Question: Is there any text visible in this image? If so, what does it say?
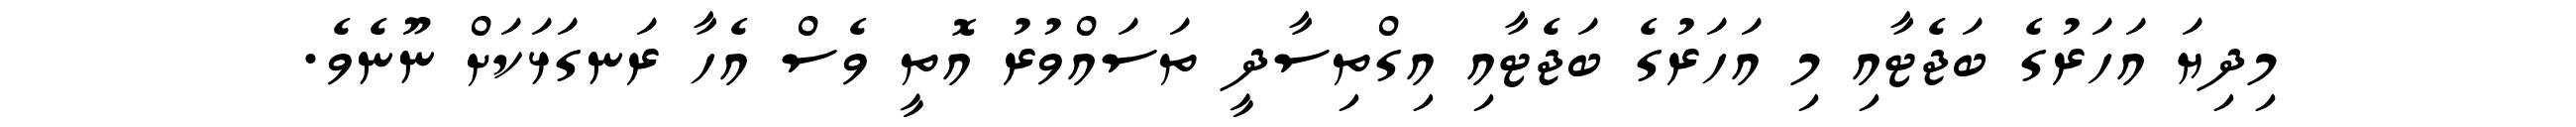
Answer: މިދިޔަ އަހަރުގެ ބަޖެޓާއި މި އަހަރުގެ ބަޖެޓާއި އިގްތިސާދީ ތަސައްވުރު އޮތީ ވެސް އެހާ ރަނގަޅަކަށް ނޫނެވެ.